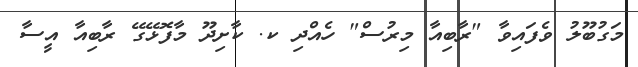
މަގުބޫލު ވެފައިވާ "ރާބިއާ މިރުސް" ހެއްދި ކ. ކާށިދޫ މާފޮޅޭގޭ ރާބިއާ އީސާ